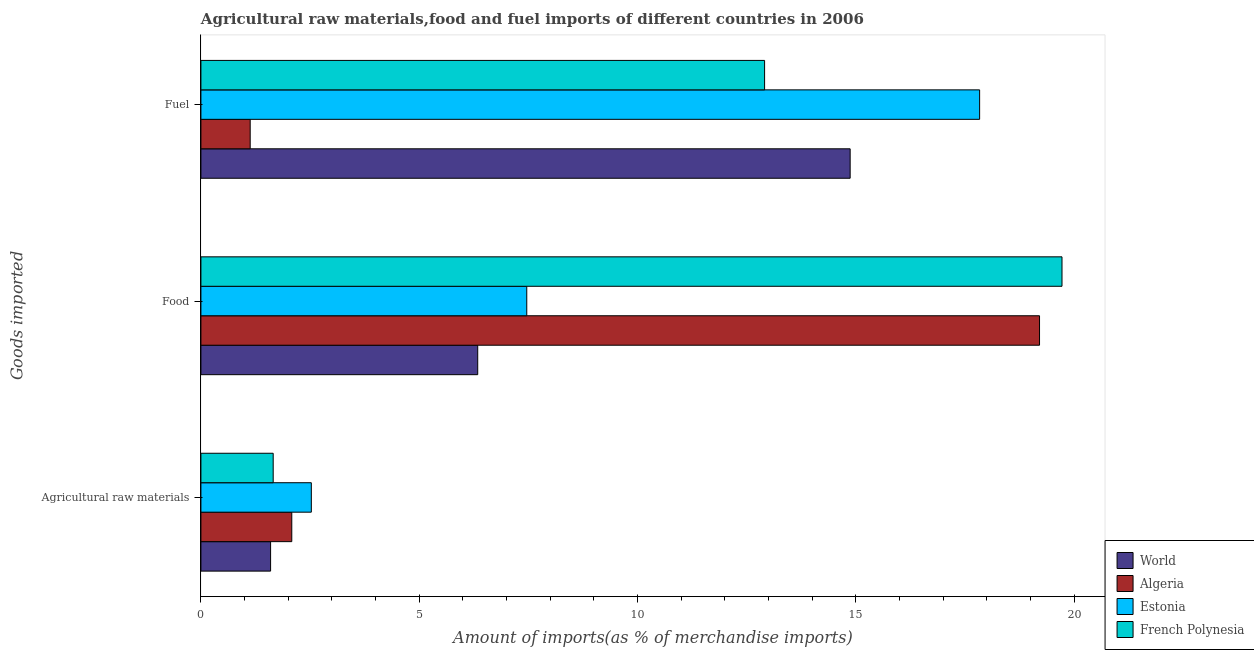
| Goods imported | World | Algeria | Estonia | French Polynesia |
 | --- | --- | --- | --- | --- |
 | Agricultural raw materials | 1.6 | 2.08 | 2.53 | 1.66 |
 | Food | 6.34 | 19.2 | 7.46 | 19.7 |
 | Fuel | 14.9 | 1.13 | 17.8 | 12.9 |